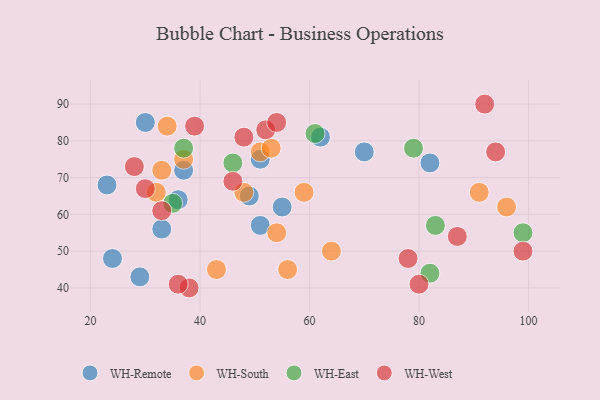
{"axis": {"x": "GDP", "y": "Life Expectancy"}, "legend": ["WH-East", "WH-Remote", "WH-South", "WH-West"], "data": [{"x": "30", "y": 85, "type": "WH-Remote"}, {"x": "36", "y": 64, "type": "WH-Remote"}, {"x": "37", "y": 72, "type": "WH-Remote"}, {"x": "62", "y": 81, "type": "WH-Remote"}, {"x": "51", "y": 57, "type": "WH-Remote"}, {"x": "24", "y": 48, "type": "WH-Remote"}, {"x": "51", "y": 75, "type": "WH-Remote"}, {"x": "29", "y": 43, "type": "WH-Remote"}, {"x": "82", "y": 74, "type": "WH-Remote"}, {"x": "49", "y": 65, "type": "WH-Remote"}, {"x": "23", "y": 68, "type": "WH-Remote"}, {"x": "55", "y": 62, "type": "WH-Remote"}, {"x": "33", "y": 56, "type": "WH-Remote"}, {"x": "70", "y": 77, "type": "WH-Remote"}, {"x": "32", "y": 66, "type": "WH-South"}, {"x": "91", "y": 66, "type": "WH-South"}, {"x": "37", "y": 75, "type": "WH-South"}, {"x": "64", "y": 50, "type": "WH-South"}, {"x": "48", "y": 66, "type": "WH-South"}, {"x": "54", "y": 55, "type": "WH-South"}, {"x": "96", "y": 62, "type": "WH-South"}, {"x": "59", "y": 66, "type": "WH-South"}, {"x": "56", "y": 45, "type": "WH-South"}, {"x": "43", "y": 45, "type": "WH-South"}, {"x": "51", "y": 77, "type": "WH-South"}, {"x": "34", "y": 84, "type": "WH-South"}, {"x": "33", "y": 72, "type": "WH-South"}, {"x": "53", "y": 78, "type": "WH-South"}, {"x": "35", "y": 63, "type": "WH-East"}, {"x": "37", "y": 78, "type": "WH-East"}, {"x": "61", "y": 82, "type": "WH-East"}, {"x": "83", "y": 57, "type": "WH-East"}, {"x": "79", "y": 78, "type": "WH-East"}, {"x": "46", "y": 74, "type": "WH-East"}, {"x": "82", "y": 44, "type": "WH-East"}, {"x": "99", "y": 55, "type": "WH-East"}, {"x": "38", "y": 40, "type": "WH-West"}, {"x": "33", "y": 61, "type": "WH-West"}, {"x": "52", "y": 83, "type": "WH-West"}, {"x": "36", "y": 41, "type": "WH-West"}, {"x": "30", "y": 67, "type": "WH-West"}, {"x": "92", "y": 90, "type": "WH-West"}, {"x": "54", "y": 85, "type": "WH-West"}, {"x": "28", "y": 73, "type": "WH-West"}, {"x": "99", "y": 50, "type": "WH-West"}, {"x": "48", "y": 81, "type": "WH-West"}, {"x": "78", "y": 48, "type": "WH-West"}, {"x": "80", "y": 41, "type": "WH-West"}, {"x": "39", "y": 84, "type": "WH-West"}, {"x": "87", "y": 54, "type": "WH-West"}, {"x": "46", "y": 69, "type": "WH-West"}, {"x": "94", "y": 77, "type": "WH-West"}]}